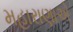
મહારાણાએ